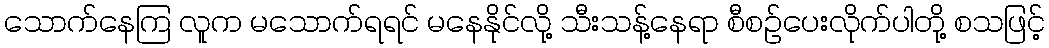
သောက်နေကြ လူက မသောက်ရရင် မနေနိုင်လို့ သီးသန့်နေရာ စီစဉ်ပေးလိုက်ပါတို့ စသဖြင့်